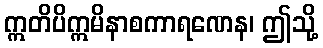
ဣတိပိဣမိနာစကာရဏေန၊ ဤသို့